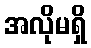
အလိုမရှိ